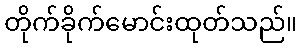
တိုက်ခိုက်မောင်းထုတ်သည်။